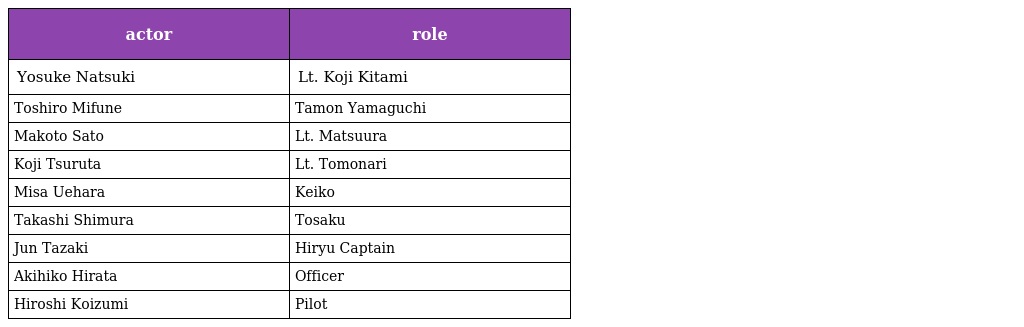
| actor | role |
 | --- | --- |
 | Yosuke Natsuki | Lt. Koji Kitami |
 | Toshiro Mifune | Tamon Yamaguchi |
 | Makoto Sato | Lt. Matsuura |
 | Koji Tsuruta | Lt. Tomonari |
 | Misa Uehara | Keiko |
 | Takashi Shimura | Tosaku |
 | Jun Tazaki | Hiryu Captain |
 | Akihiko Hirata | Officer |
 | Hiroshi Koizumi | Pilot |